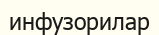
инфузорилар